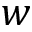
w